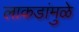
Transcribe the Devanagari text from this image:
लाकडांमुळे